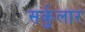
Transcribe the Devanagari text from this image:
सर्कुलार